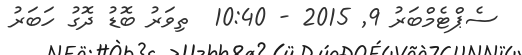
ސެޕްޓެމްބަރު 9